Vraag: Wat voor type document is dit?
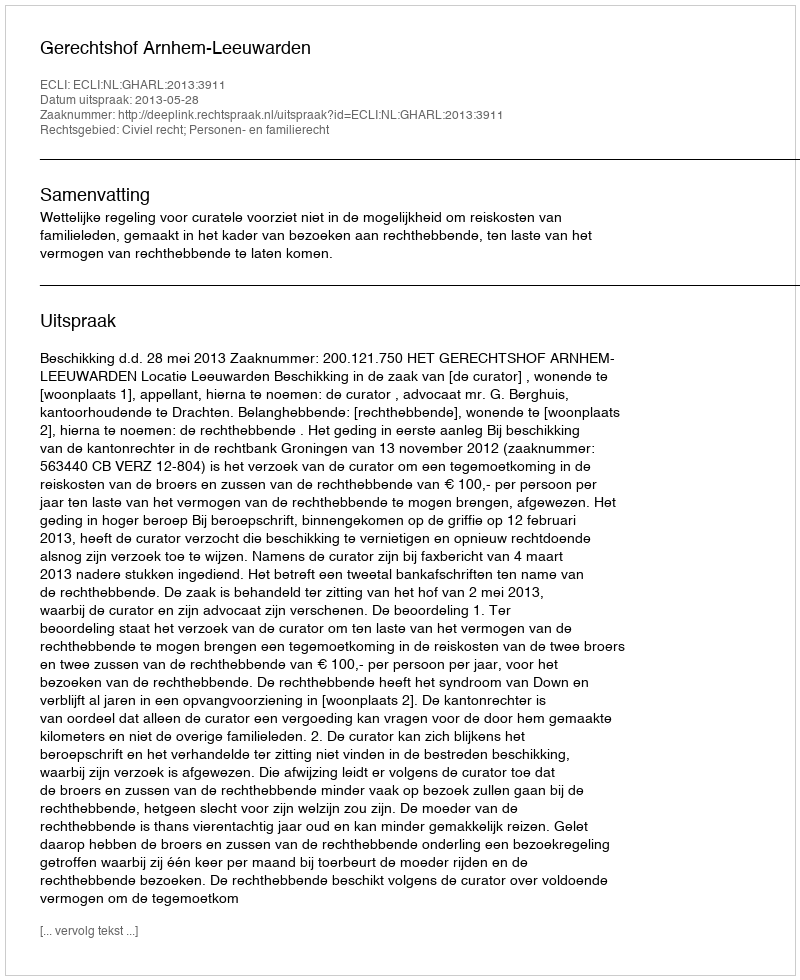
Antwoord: Uitspraak